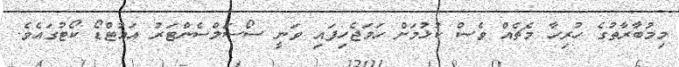
މިމުބާރާތުގެ ހުރިހާ މެޗެއް ވެސް ކުޅުމަށް ހަމަޖެހިފައި ވަނީ ސޯސަލްސެންޓަރު އައުޓްޑޯ ކޯޓުގައެވެ.